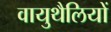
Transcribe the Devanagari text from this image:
वायुथैलियों